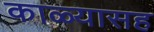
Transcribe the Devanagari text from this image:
काळ्यासह